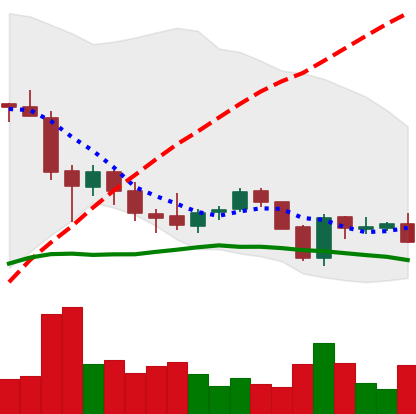
Ticker: EOS-USD
Chart end date: 2018-05-28
Forward return: 26.575%
Label: up_7plus